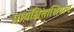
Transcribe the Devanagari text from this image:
प्रायश्चित्ताशिवाय